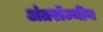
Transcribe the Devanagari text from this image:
अंतरॉज्यीय